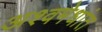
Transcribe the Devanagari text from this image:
अश्वमेधांत